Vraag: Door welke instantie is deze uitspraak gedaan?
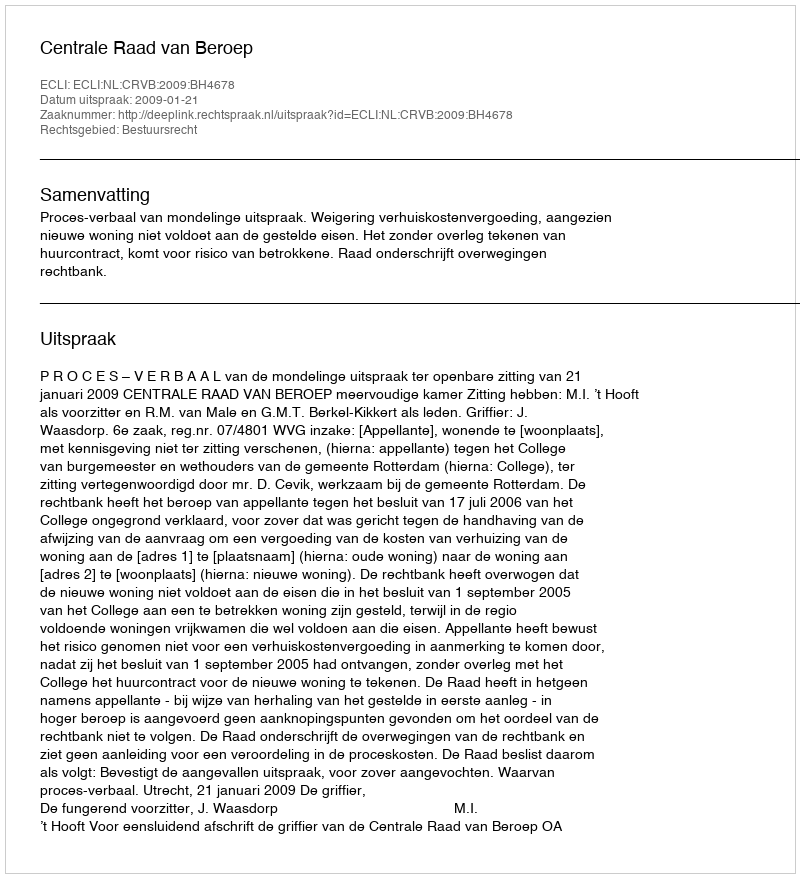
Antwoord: Centrale Raad van Beroep